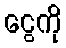
ငွေကို